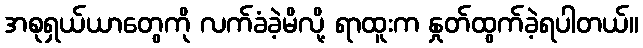
အစုရှယ်ယာတွေကို လက်ခံခဲ့မိလို့ ရာထူးက နှုတ်ထွက်ခဲ့ရပါတယ်။